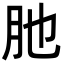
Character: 肔